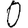
Digit: 0